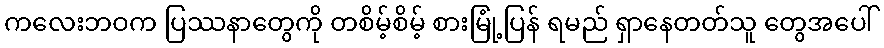
ကလေးဘဝက ပြဿနာတွေကို တစိမ့်စိမ့် စားမြုံ့ပြန် ရမည် ရှာနေတတ်သူ တွေအပေါ်